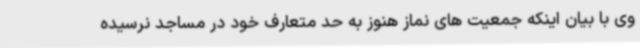
وی با بیان اینکه جمعیت های نماز هنوز به حد متعارف خود در مساجد نرسیده